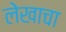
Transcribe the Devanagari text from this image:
लेेखाचा